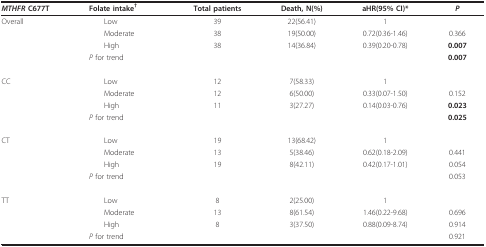
<table><thead><tr><td><b><i>MTHFR </i>C677T</b></td><td><b>Folate intake<sup>†</sup></b></td><td><b>Total patients</b></td><td><b>Death, N(%)</b></td><td><b>aHR(95% CI)*</b></td><td><b><i>P</i></b></td></tr></thead><tbody><tr><td>Overall</td><td> Low</td><td>39</td><td>22(56.41)</td><td>1</td><td></td></tr><tr><td></td><td> Moderate</td><td>38</td><td>19(50.00)</td><td>0.72(0.36-1.46)</td><td>0.366</td></tr><tr><td></td><td> High</td><td>38</td><td>14(36.84)</td><td>0.39(0.20-0.78)</td><td><b>0.007</b></td></tr><tr><td></td><td><i>P </i>for trend</td><td></td><td></td><td></td><td><b>0.007</b></td></tr><tr><td>CC</td><td> Low</td><td>12</td><td>7(58.33)</td><td>1</td><td></td></tr><tr><td></td><td> Moderate</td><td>12</td><td>6(50.00)</td><td>0.33(0.07-1.50)</td><td>0.152</td></tr><tr><td></td><td> High</td><td>11</td><td>3(27.27)</td><td>0.14(0.03-0.76)</td><td><b>0.023</b></td></tr><tr><td></td><td><i>P </i>for trend</td><td></td><td></td><td></td><td><b>0.025</b></td></tr><tr><td>CT</td><td> Low</td><td>19</td><td>13(68.42)</td><td>1</td><td></td></tr><tr><td></td><td> Moderate</td><td>13</td><td>5(38.46)</td><td>0.62(0.18-2.09)</td><td>0.441</td></tr><tr><td></td><td> High</td><td>19</td><td>8(42.11)</td><td>0.42(0.17-1.01)</td><td>0.054</td></tr><tr><td></td><td><i>P </i>for trend</td><td></td><td></td><td></td><td>0.053</td></tr><tr><td>TT</td><td> Low</td><td>8</td><td>2(25.00)</td><td>1</td><td></td></tr><tr><td></td><td> Moderate</td><td>13</td><td>8(61.54)</td><td>1.46(0.22-9.68)</td><td>0.696</td></tr><tr><td></td><td> High</td><td>8</td><td>3(37.50)</td><td>0.88(0.09-8.74)</td><td>0.914</td></tr><tr><td></td><td><i>P </i>for trend</td><td></td><td></td><td></td><td>0.921</td></tr></tbody></table>